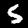
Digit: 5